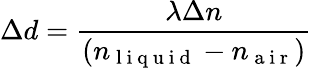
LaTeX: \Delta d=\frac{\lambda\Delta n}{(n_{\mathrm{~l~i~q~u~i~d~}}-n_{\mathrm{~a~i~r~}})}